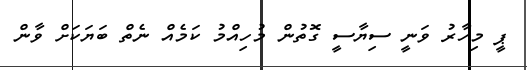
ޕީ މިހާރު ވަނީ ސިޔާސީ ގޮތުން މުހިއްމު ކަމެއް ނެތް ބަޔަކަށް ވާން